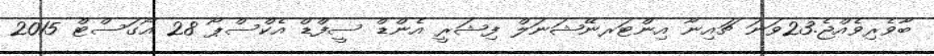
ބާވެރިވެއްޖެ.23ވަނަ ޗައިނާ އިންޓަރނޭޝަނަލް ފިޝަރީ އެންޑް ސީފްޑް އެކްސްޕޯ 28 އޯގަސްޓް 2015